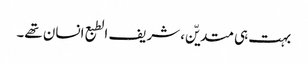
بہت ہی متدیّن، شریف الطبع انسان تھے۔